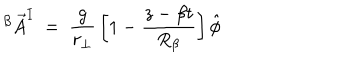
^ { \beta } { \vec { A } } ^ { I } ~ = ~ { \frac { g } { r _ { \bot } } } \left[ 1 - { \frac { z - \beta t } { R _ { \beta } } } \right] \hat { \phi }